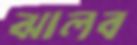
ঝালব